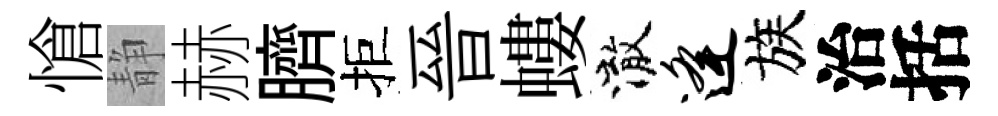
愴静赫臍拒晉螻澈逄族治括